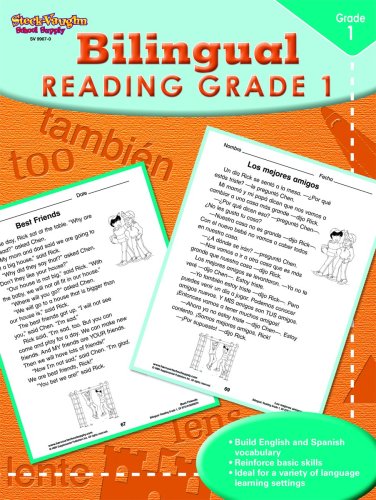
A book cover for Steck-Vaughn Bilingual: Reproducible Reading First Grade; STECK-VAUGHN; Children's Books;